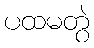
ပထမတွဲ